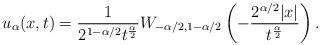
LaTeX: \begin{align*}u_{\alpha}(x,t)=\frac{1}{2^{1-\alpha/2}t^{\frac{\alpha}{2}}}W_{-\alpha/2, 1-\alpha/2}\left(-\frac{2^{\alpha/2}|x|}{t^{\frac{\alpha}{2}}}\right).\end{align*}